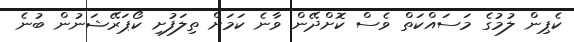
ކެޕިން ލުމުގެ މަސައްކަތް ވެސް ކޮށްދޭން ވާނެ ކަމަށް ތިލަފުށި ކޯޕަރޭޝަނުން ބުނެ